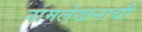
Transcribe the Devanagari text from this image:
नामलेखनाची